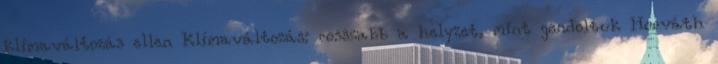
klímaváltozás ellen Klímaváltozás: rosszabb a helyzet, mint gondoltuk Horváth